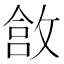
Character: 𫿄